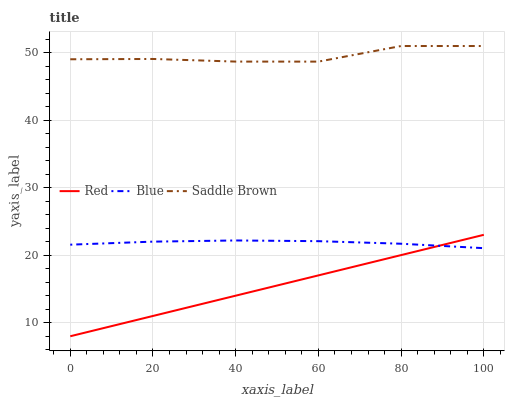
| xaxis_label | Red | Blue | Saddle Brown |
 | --- | --- | --- | --- |
 | 0 | 8 | 21.6 | 49 |
 | 20 | 11 | 22 | 49.1 |
 | 40 | 14 | 22.2 | 48.7 |
 | 60 | 17 | 22.1 | 48.7 |
 | 80 | 20 | 21.7 | 51 |
 | 100 | 23 | 21 | 51 |